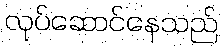
လုပ်ဆောင်နေသည်